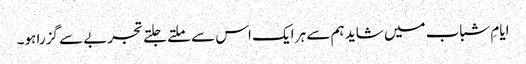
ایامِ شباب میں شاید ہم سے ہر ایک اس سے ملتے جلتے تجربے سے گزرا ہو۔